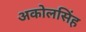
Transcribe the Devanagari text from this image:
अकोलसिंह